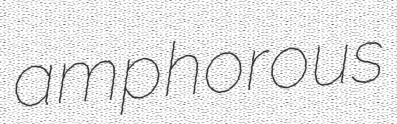
amphorous